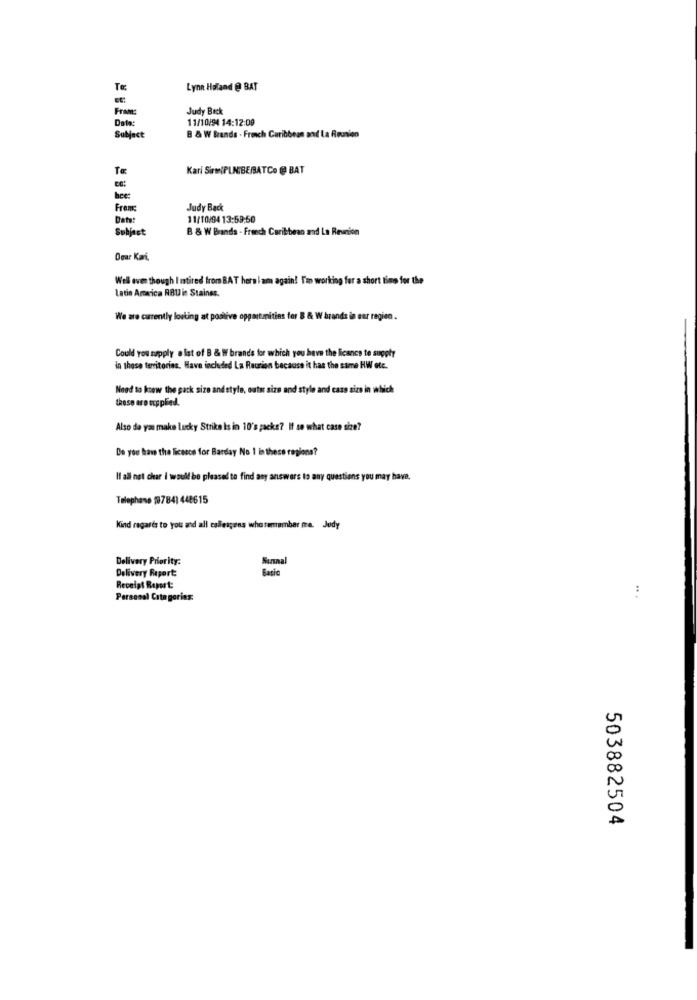
Te
Lynn Haland @ BAT
Fram:
Judy Beck
Date:
11/10/94 14:12:00
Subject
B & W Brands . French Caribbean and La Reunion
Te
Kari SirmiPLNIBE/ATCe @ BAT
hee:
From:
Judy Back
11/10/94 13:59:50
Suhjest
B & W Brands - French Caribbean and La Reunion
Dear Kari.
Well even though I mtired from BAT here i am again! I'm working for a short time for the
Latin America RBU in Stainss.
We are currently looking at postive opportunities for B & W brands in our ragien.
Could you apply a list of B & W brands for which you have the licence to supoty
in those territories. Have included La Reunion because it has the same HW etc.
Need to know the pack size and style, outu size and style and caso size in which
these are eupplied.
Also do you make lucky Strike Is in 10's packs? If so what case sie?
De you have the licence for Barday No 1 in these regions?
If all net char I would be pleased to find any answers to any questions you may have.
Telephone [8784) 448615
Kind regards to you and all calleagens who remember me. Judy
Delivery Priority:
Delivery Report:
Basic
Surnal
Receipt Report:
..
Personal Categories:
503882504